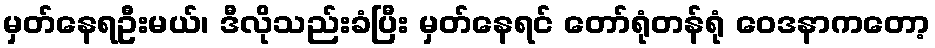
မှတ်နေရဦးမယ်၊ ဒီလိုသည်းခံပြီး မှတ်နေရင် တော်ရုံတန်ရုံ ဝေဒနာကတော့